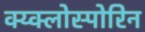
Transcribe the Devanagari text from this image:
क्य्क्लोस्पोरिन